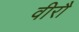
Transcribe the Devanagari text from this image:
वीरौ